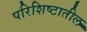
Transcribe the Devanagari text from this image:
परिशिष्टातील